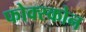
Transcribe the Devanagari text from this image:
फोक्स्कोन